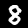
Digit: 8